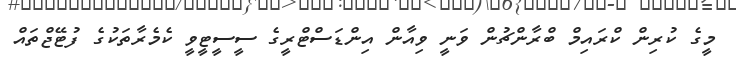
މީގެ ކުރިން ކްރައިމް ބްރާންޗުން ވަނީ ވިއާން އިންޑަސްޓްރީގެ ސީސީޓީވީ ކެމެރާތަކުގެ ފުޓޭޖްތައް